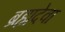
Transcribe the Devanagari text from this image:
ब्रह्मदेवा